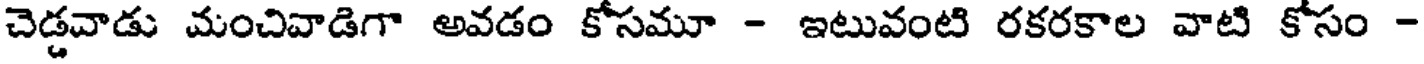
చెడ్డవాడు మంచివాడిగా అవడం కోసమూ - ఇటువంటి రకరకాల వాటి కోసం -